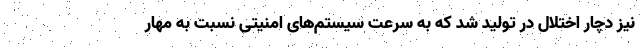
نیز دچار اختلال در تولید شد که به سرعت سیستم‌های امنیتی نسبت به مهار